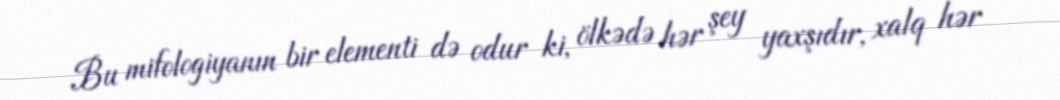
Bu mifologiyanın bir elementi də odur ki, ölkədə hər şey yaxşıdır, xalq hər